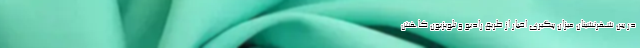
در بین شهرنشینان میزان پیگیری اخبار از طریق رادیو و تلویزیون کاهش